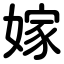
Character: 嫁